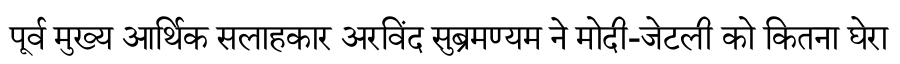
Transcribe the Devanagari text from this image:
पूर्व मुख्य आर्थिक सलाहकार अरविंद सुब्रमण्यम ने मोदी-जेटली को कितना घेरा